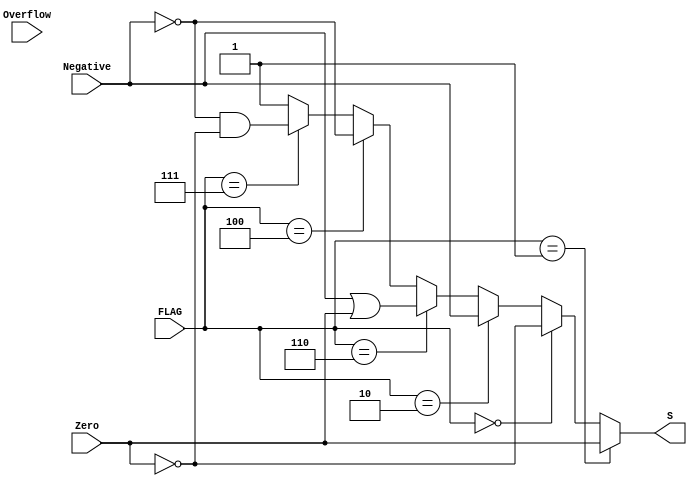
`timescale 1ns / 1ps
// 2013011076 Wang Han
// Compare Operation Module

module CMP (input			Zero,
			input			Overflow,
			input			Negative,
			input	[2:0]	FLAG,
			output			S);

	parameter FLAG_CMP_EQ  = 3'b001;
	parameter FLAG_CMP_NEQ = 3'b000;
	parameter FLAG_CMP_LT  = 3'b010;
	parameter FLAG_CMP_LEZ = 3'b110;
	parameter FLAG_CMP_GEZ = 3'b100;
	parameter FLAG_CMP_GTZ = 3'b111;

	parameter ERROR_OUTPUT = 1'b1;

	assign S = (FLAG == FLAG_CMP_EQ) ? Zero :
					(FLAG == FLAG_CMP_NEQ) ? ~Zero :
						(FLAG == FLAG_CMP_LT) ? Negative :
							(FLAG == FLAG_CMP_LEZ) ? (Negative | Zero) :
								(FLAG == FLAG_CMP_GEZ) ? (~Negative) : 
									(FLAG == FLAG_CMP_GTZ) ? (~Negative & ~Zero) :
										ERROR_OUTPUT;

endmodule